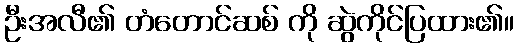
ဦးအလီ၏ တံတောင်ဆစ် ကို ဆွဲကိုင်ပြထား၏။